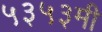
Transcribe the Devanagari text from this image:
५३५३मी